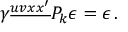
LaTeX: \gamma ^ { \underline { { { u v x x ^ { \prime } } } } } { \cal P } _ { k } \epsilon = \epsilon \, .